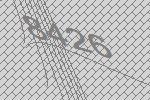
8426